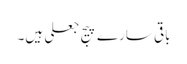
باقی سارے پیج جعلی ہیں۔